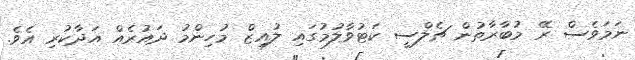
ނަމަވެސް ރޭ މުބާރާތުން ޗެލްސީ ކަޓުވާލުމުގައި ލުއިޒް މުހިންމު ދައުރެއް އަދާކުރި އެވެ.